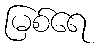
မြစ်ရေ